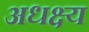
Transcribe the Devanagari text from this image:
अधक्ष्य